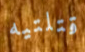
قتلتيه